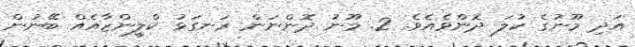
އަދި މޫނުގެ ކުލަ ދޮންވެއެވެ. 2. މޫނު ދޮންނަން ރަނގަޅު ކްލީންޒާއެއް ބޭނުން